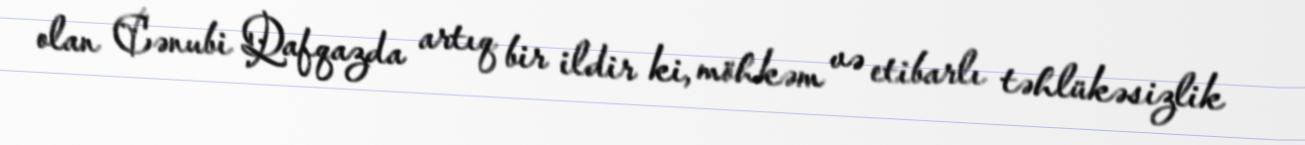
olan Cənubi Qafqazda artıq bir ildir ki, möhkəm və etibarlı təhlükəsizlik